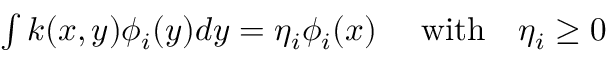
\begin{array} { r } { \int k ( x , y ) \phi _ { i } ( y ) d y = \eta _ { i } \phi _ { i } ( x ) ~ ~ ~ ~ \mathrm { w i t h } ~ ~ ~ \eta _ { i } \geq 0 } \end{array}